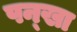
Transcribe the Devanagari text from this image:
पन्खा